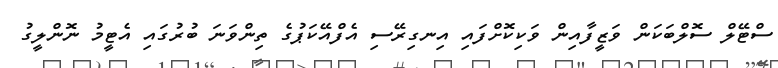
ސްޓޭލް ސޮލްބަކަން ވަޒީފާއިން ވަކިކޮށްފައި އިނގިރޭސި އެފްއޭކަޕުގެ ތިންވަނަ ބުރުގައި އެޓީމު ނޮންލީގު